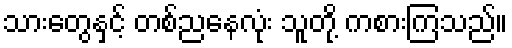
သားတွေနှင့် တစ်ညနေလုံး သူတို့ ကစားကြသည်။